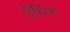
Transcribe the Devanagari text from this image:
पेनिंग